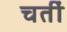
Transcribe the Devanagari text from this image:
चतीं